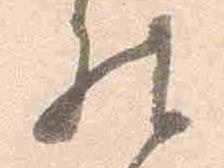
然